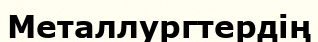
Металлургтердің